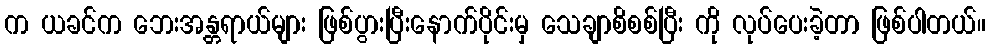
က ယခင်က ဘေးအန္တရာယ်များ ဖြစ်ပွားပြီးနောက်ပိုင်းမှ သေချာစိစစ်ပြီး ကို လုပ်ပေးခဲ့တာ ဖြစ်ပါတယ်။